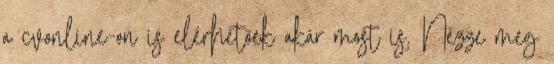
a cvonline-on is elérhetőek akár most is. Nézze meg